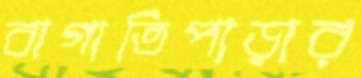
বাগাতিপাড়ার